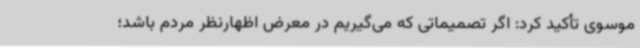
موسوی تأکید کرد: اگر تصمیماتی که می‌گیریم در معرض اظهارنظر مردم باشد؛